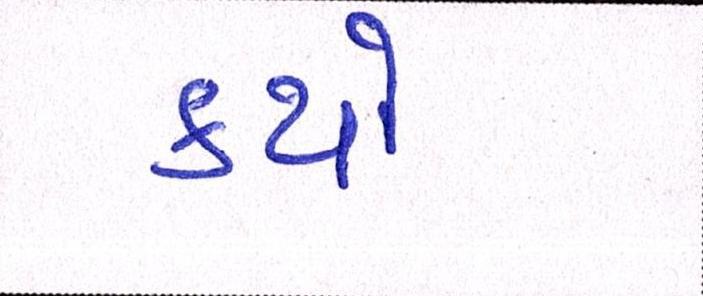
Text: કયો